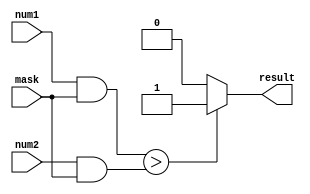
module MaskedComparator (
    input [7:0] num1,
    input [7:0] num2,
    input [7:0] mask,
    output reg result
);

reg [7:0] masked_num1;
reg [7:0] masked_num2;

always @(*) begin
    masked_num1 = num1 & mask;
    masked_num2 = num2 & mask;
end

always @(*) begin
    if(masked_num1 > masked_num2)
        result = 1;
    else if(masked_num1 < masked_num2)
        result = 0;
    else
        result = 2; // signifies that the numbers are equal
end

endmodule